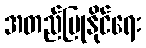
အတည်ပြုနိုင်ရေး